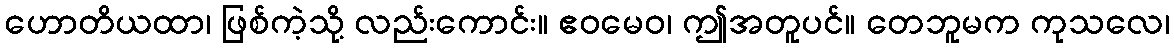
ဟောတိယထာ၊ ဖြစ်ကဲ့သို့ လည်းကောင်း။ ဧဝမေဝ၊ ဤအတူပင်။ တေဘူမက ကုသလေ၊